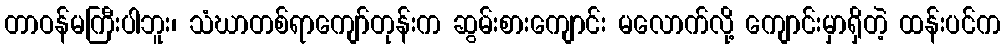
တာဝန်မကြီးပါဘူး၊ သံဃာတစ်ရာကျော်တုန်းက ဆွမ်းစားကျောင်း မလောက်လို့ ကျောင်းမှာရှိတဲ့ ထန်းပင်က